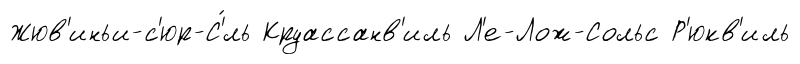
Жюв'иньи-с'юр-С'́ль Круассанв'иль Л'е-Лож-Сольс Р'юкв'иль